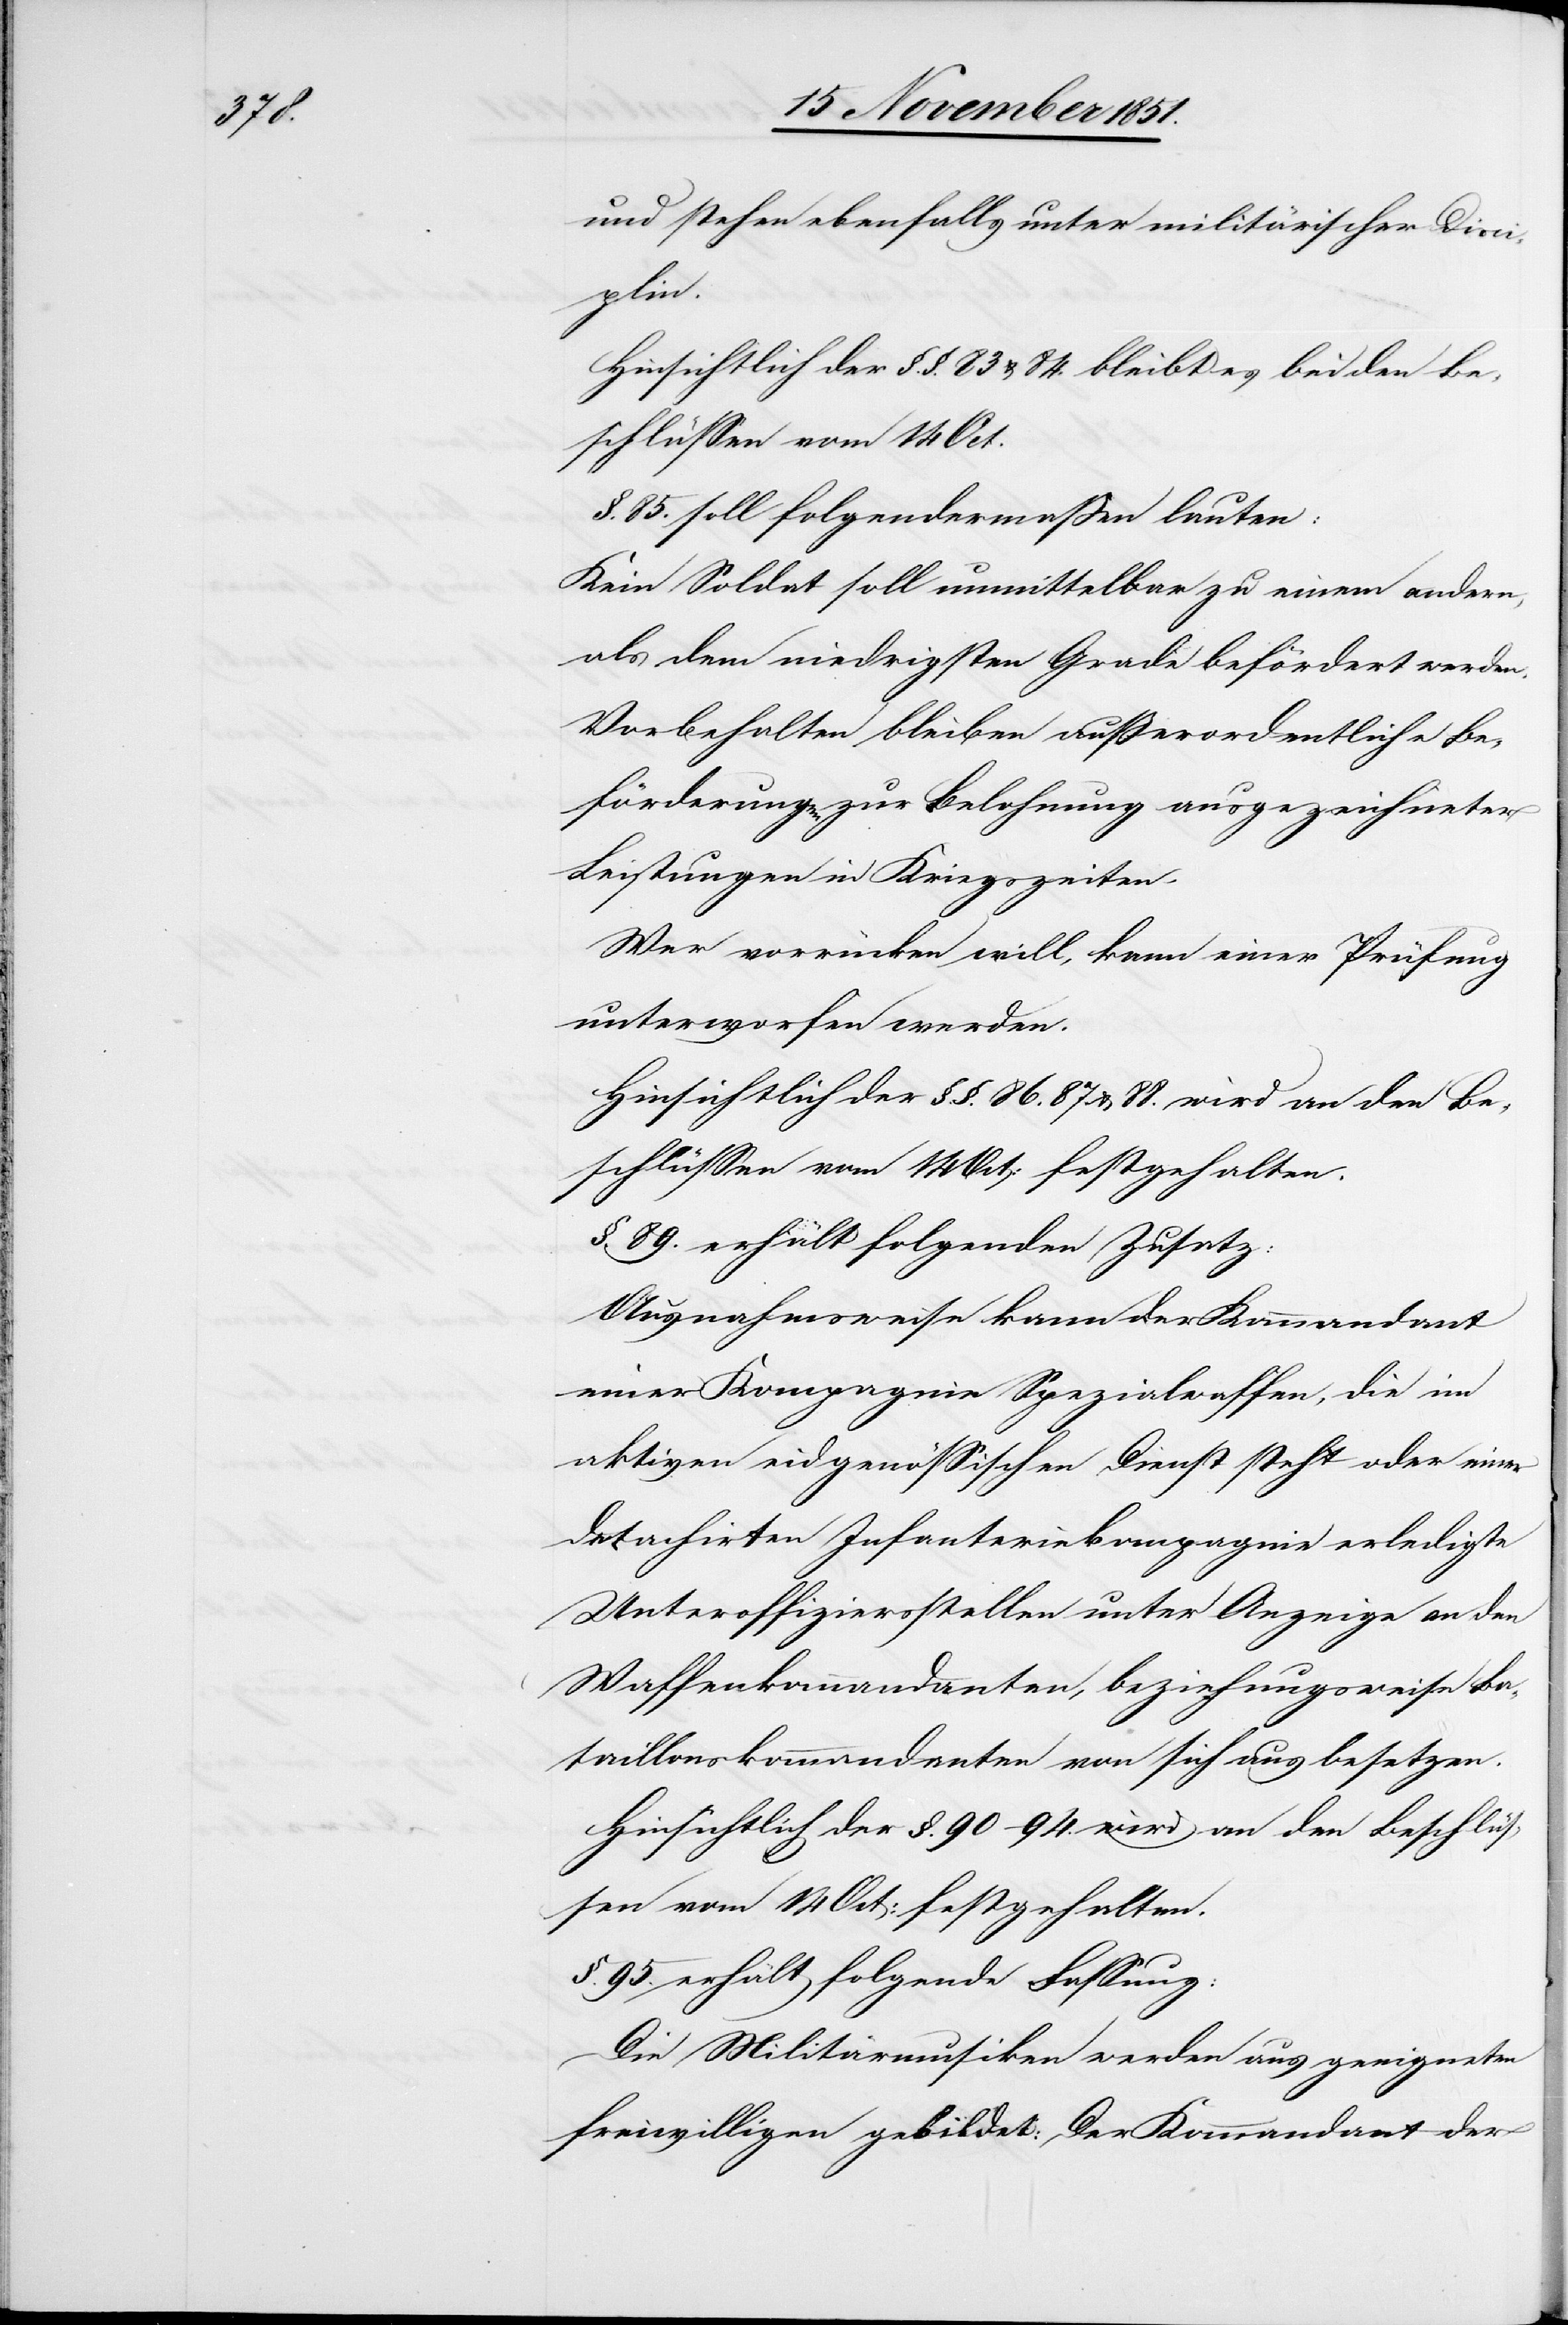
und stehen ebenfalls unter militärischer Disci¬
plin.
Hinsichtlich der §.§. 83 & 84. bleibt es bei den Be¬
schlüssen vom 14 Oct.
§. 85. soll folgendermaßen lauten:
Kein Soldat soll unmittelbar zu einem andern,
als dem niedrigsten Grade befördert werden.
Vorbehalten bleiben außerordentliche Be¬
förderungen zur Belohnung ausgezeichneter
Leistungen in Kriegszeiten.
Wer vorrücken will, kann einer Prüfung
unterworfen werden.
Hinsichtlich der §.§. 86.[,] 87 & 88. wird an den Be¬
schlüssen vom 14 Oct: festgehalten.
§. 89. erhält folgenden Zusatz:
Ausnahmsweise kann der Kommandant
einer Kompagnie Spezialwaffen, die im
aktiven eidgenössischen Dienst steht oder einer
detachirten Infanteriekompagnie erledigte
Unteroffiziersstellen unter Anzeige an den
Waffenkommandanten, beziehungsweise Ba¬
taillonskommandanten von sich aus besetzen.
Hinsichtlich der §. 90–94. wird an den Beschlüs¬
sen vom 14 Oct: festgehalten.
§. 95. erhält folgende Fassung:
Die Militärmusiken werden aus geeigneten
freiwilligen [sic!] gebildet: Der Kommandant der